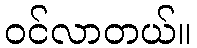
ဝင်လာတယ်။